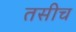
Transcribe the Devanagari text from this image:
तसीच